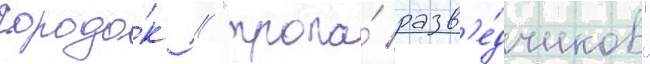
городо́к / "тропа́ разв'е́дчиков"